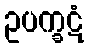
ဥပက္ခဋံ